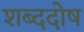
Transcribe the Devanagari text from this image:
शब्ददोष